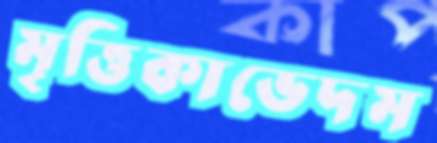
মৃত্তিকাভেদম